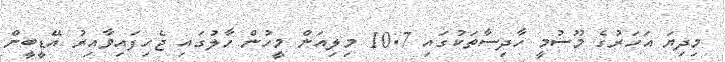
މިދިޔަ އަހަރުގެ މޫސުމީ ހާދިސާތަކުގައި 10.7 މިލިއަން މީހުން ހާލުގައި ޖެހިފައިވާއިރު އޭޑީބީން